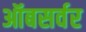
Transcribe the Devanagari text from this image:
ऑबसर्वर